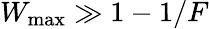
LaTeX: W_{\mathrm{max}}\gg 1-1/F